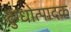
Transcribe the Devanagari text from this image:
दुग्धोत्पादक